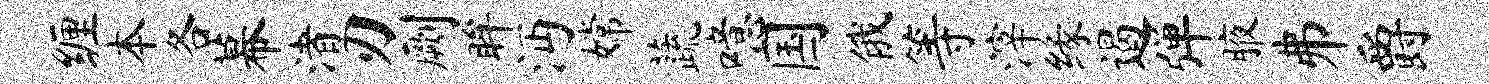
缠本各幕渚刃劂眸沔嫦蔬噫国俄等滓缘遏弹腋井爵